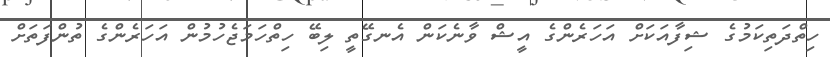
ހިތްދަތިކަމުގެ ޝިފާއަކަށް އަހަރެންގެ އީޝް ވާނެކަން އެނގޭތީ ލިބޭ ހިތްހަމަޖެހުމުން އަހަރެންގެ ތުންފަތަށް